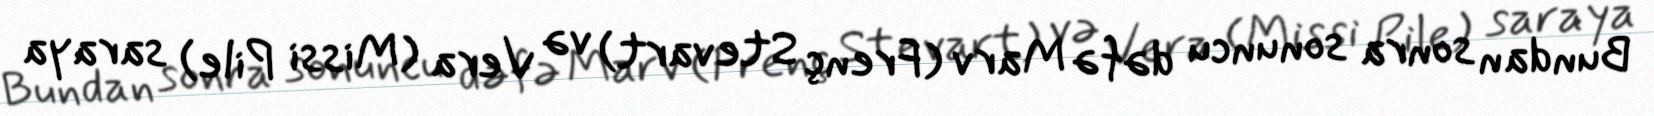
Bundan sonra sonuncu dəfə Marv (Frenç Stevart) və Vera (Missi Pile) saraya